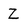
Character: Z